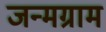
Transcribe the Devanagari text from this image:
जन्मग्राम